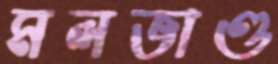
মলভাণ্ড